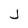
Character: J